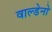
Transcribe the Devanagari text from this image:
वाल्डेनो